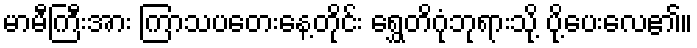
မာမီကြီးအား ကြာသပတေးနေ့တိုင်း ရွှေတိဂုံဘုရားသို့ ပို့ပေးလေ၏။